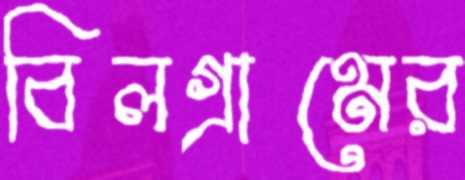
বিলগ্রামের